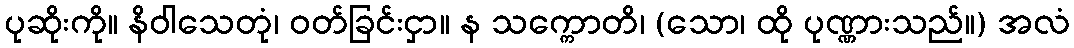
ပုဆိုးကို။ နိဝါသေတုံ၊ ဝတ်ခြင်းငှာ။ န သက္ကောတိ၊ (သော၊ ထို ပုဏ္ဏားသည်။) အလံ